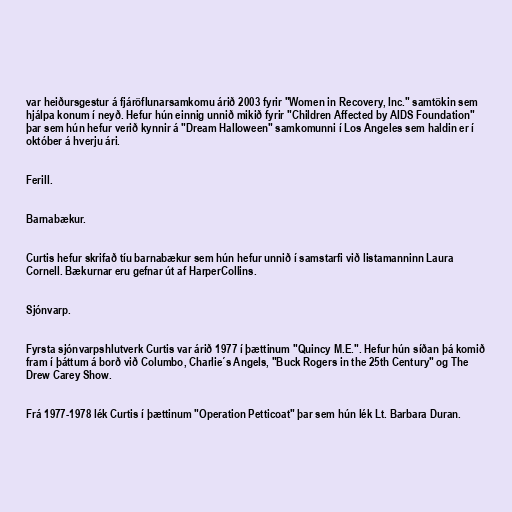
var heiðursgestur á fjáröflunarsamkomu árið 2003 fyrir "Women in Recovery, Inc." samtökin sem
hjálpa konum í neyð. Hefur hún einnig unnið mikið fyrir "Children Affected by AIDS Foundation"
þar sem hún hefur verið kynnir á "Dream Halloween" samkomunni í Los Angeles sem haldin er í
október á hverju ári.

Ferill.

Barnabækur.

Curtis hefur skrifað tíu barnabækur sem hún hefur unnið í samstarfi við listamanninn Laura
Cornell. Bækurnar eru gefnar út af HarperCollins.

Sjónvarp.

Fyrsta sjónvarpshlutverk Curtis var árið 1977 í þættinum "Quincy M.E.". Hefur hún síðan þá komið
fram í þáttum á borð við Columbo, Charlie´s Angels, "Buck Rogers in the 25th Century" og The
Drew Carey Show.

Frá 1977-1978 lék Curtis í þættinum "Operation Petticoat" þar sem hún lék Lt. Barbara Duran.